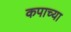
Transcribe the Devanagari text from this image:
कपाच्या